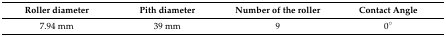
<table><thead><tr><td><b>Roller diameter</b></td><td><b>Pith diameter</b></td><td><b>Number of the roller</b></td><td><b>Contact Angle</b></td></tr></thead><tbody><tr><td>7.94 mm</td><td>39 mm</td><td>9</td><td>0°</td></tr></tbody></table>